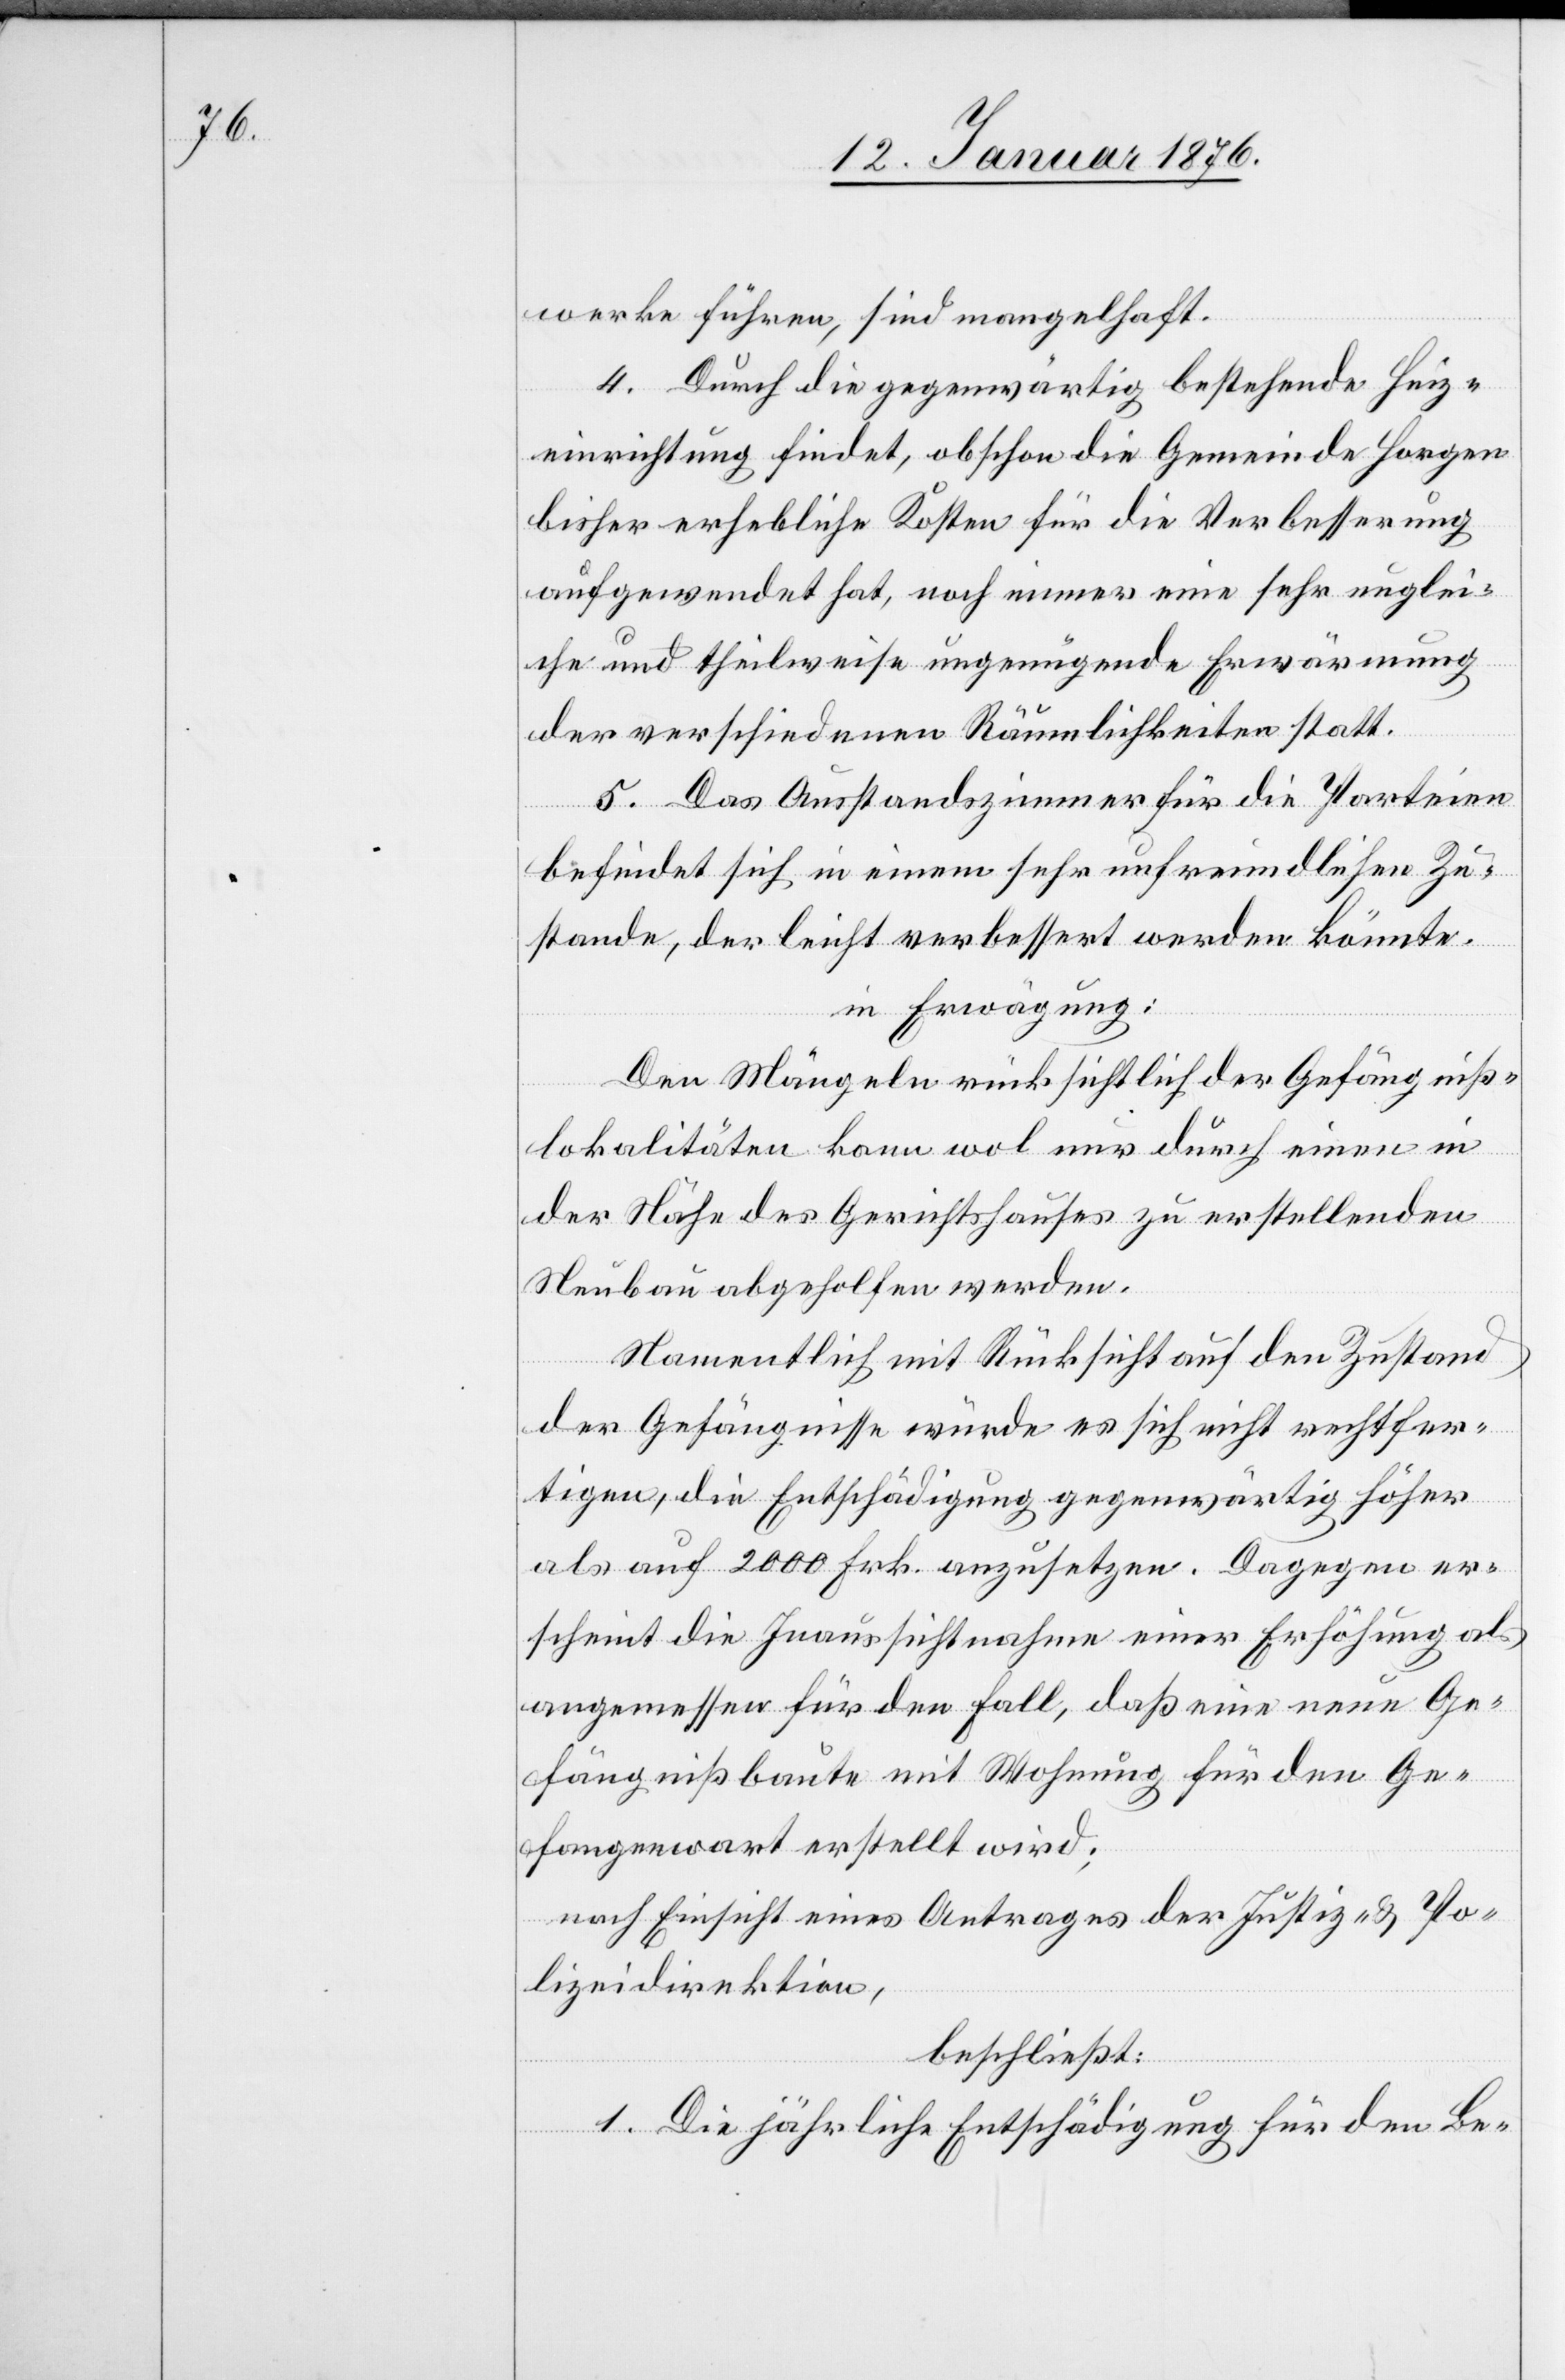
werke führen, sind mangelhaft.
4. Durch die gegenwärtig bestehende Heiz¬
einrichtung finde, obschon die Gemeinde Horgen
bisher erhebliche Kosten für die Verbesserung
aufgewendet hat, noch immer eine sehr unglei¬
che und theilweise ungenügende Erwärmung
der verschiedenen Räumlichkeiten statt.
5. Das Ausstandszimmer für die Parteien
befindet sich in einem sehr unfreundlichen Zu¬
stande, der leicht verbessert werden könnte.
in Erwägung:
Den Mängeln rücksichtlich der Gefängniß¬
lokalitäten kann wol nur durch einen in
der Nähe des Gerichtshauses zu erstellenden
Neubau abgeholfen werden.
Namentlich mit Rücksicht auf den Zustand
der Gefängnisse würde es sich nicht rechtfer¬
tigen, die Entschädigung gegenwärtig höher
als auf 2000 Frk. anzusetzen. Dagegen er¬
scheint die Inaussichtnahme einer Erhöhung als
angemessen für den Fall, daß eine neue Ge¬
fängnißbaute mit Wohnung für den Ge¬
fangenwart erstellt wird;
nach Einsicht eines Antrages der Justiz- u. Po¬
lizeidirektion,
beschließt:
1. Die jährliche Entschädigung für den Be-